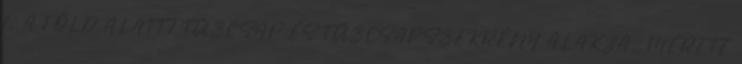
1. A FÖLD ALATTI TÛZCSAP ÉS TÛZCSAPSZEKRÉNY ALAKJA, MÉRETE